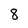
Character: 8